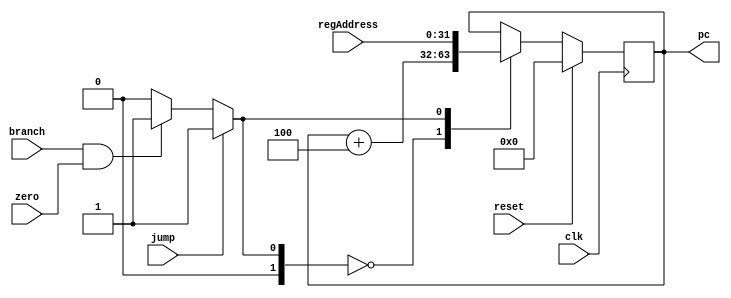
`timescale 1ns / 1ps

module ProgramCounter(
    input clk,
    input reset,
    input zero,
    input branch,
    input jump,
    input [31:0] regAddress,
    output reg [31:0] pc 
);
    wire [31:0] pcPlus4;
    reg [1:0] pcControl;

    initial
    begin
        pc = 32'h00000000;
	pcControl <= 2'b00;
    end
    
    assign pcPlus4 = pc + 4;
    
    always @(negedge clk)
    begin
        if(reset == 1)
            pc <= 32'h00000000;
        else
        begin
        pcControl = ( branch==1 & zero == 1)? 2'b01: 2'b00;
        pcControl = (jump)?2'b01:pcControl;
        
            case(pcControl)
                2'b00: pc <= pcPlus4;                                                       //Increment of program counter by 4
                2'b01: pc <= regAddress;                                                    //Initial address
                //default: pc<= pcPlus4;
            endcase
        end
        // $display("pc - %d clk -%d  reset- %d pcControl- %b",pc,clk,reset,pcControl);
    end
endmodule